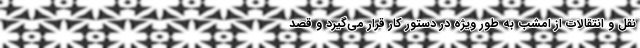
نقل و انتقالات از امشب به طور ویژه در دستور کار قرار می‌گیرد و قصد